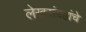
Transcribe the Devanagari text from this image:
लेखसंग्रहांचे